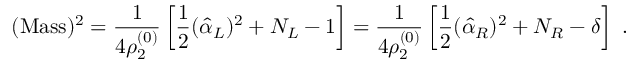
( \mathrm { M a s s } ) ^ { 2 } = { \frac { 1 } { 4 \rho _ { 2 } ^ { ( 0 ) } } } \left[ { \frac { 1 } { 2 } } ( \hat { \alpha } _ { L } ) ^ { 2 } + N _ { L } - 1 \right] = { \frac { 1 } { 4 \rho _ { 2 } ^ { ( 0 ) } } } \left[ { \frac { 1 } { 2 } } ( \hat { \alpha } _ { R } ) ^ { 2 } + N _ { R } - \delta \right] ~ .